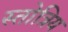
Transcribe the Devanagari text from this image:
स्तोत्रिय